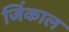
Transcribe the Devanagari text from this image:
जिंकाल